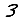
Digit: 3